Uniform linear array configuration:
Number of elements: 8
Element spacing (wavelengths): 1
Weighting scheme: kaiser
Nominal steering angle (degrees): -45
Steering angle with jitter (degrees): -46.848
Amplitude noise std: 0.05
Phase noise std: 0.05

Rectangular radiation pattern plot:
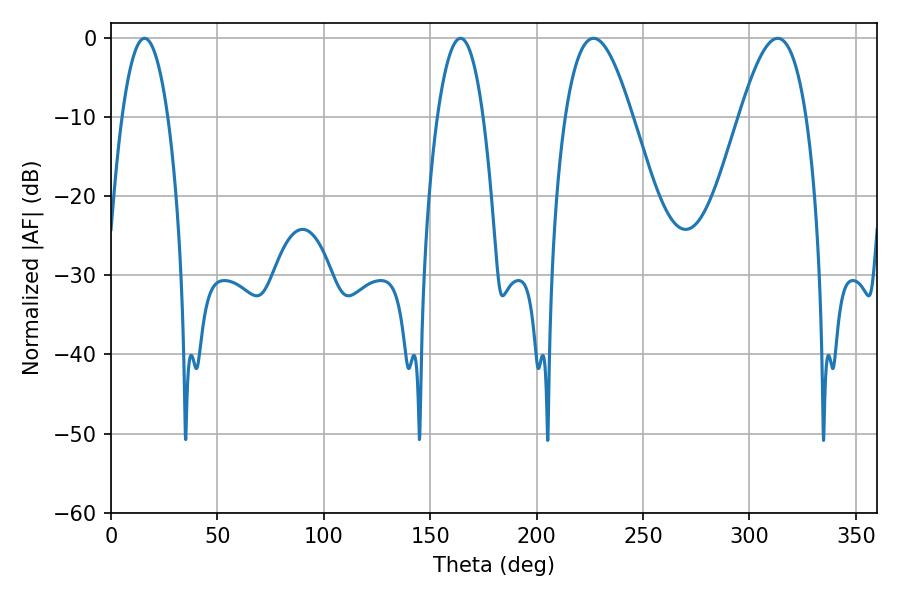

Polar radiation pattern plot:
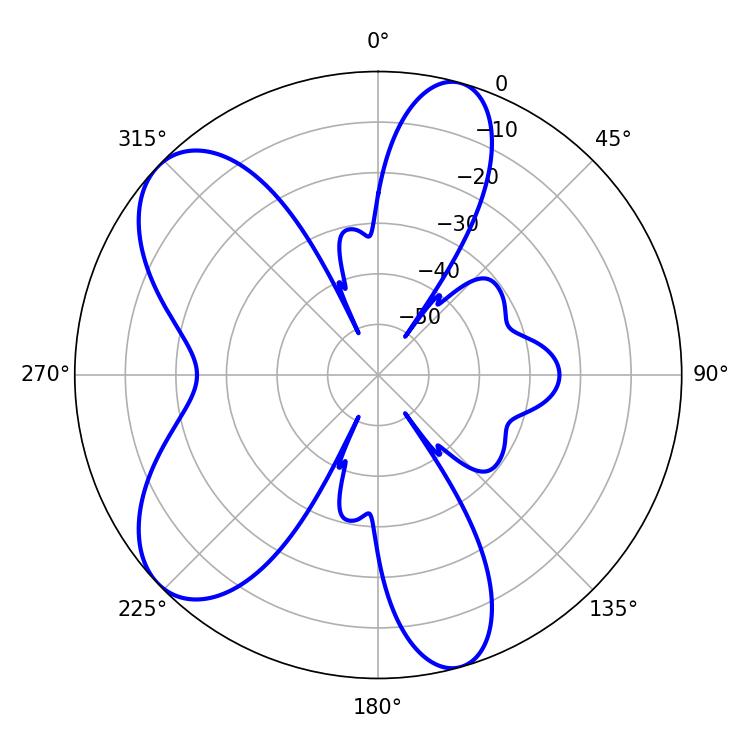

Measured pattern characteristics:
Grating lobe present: TRUE
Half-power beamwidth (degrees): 17.1
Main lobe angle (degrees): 226.8